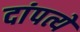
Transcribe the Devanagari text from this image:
दांपत्ये